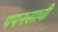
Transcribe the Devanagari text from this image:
पपनसाची